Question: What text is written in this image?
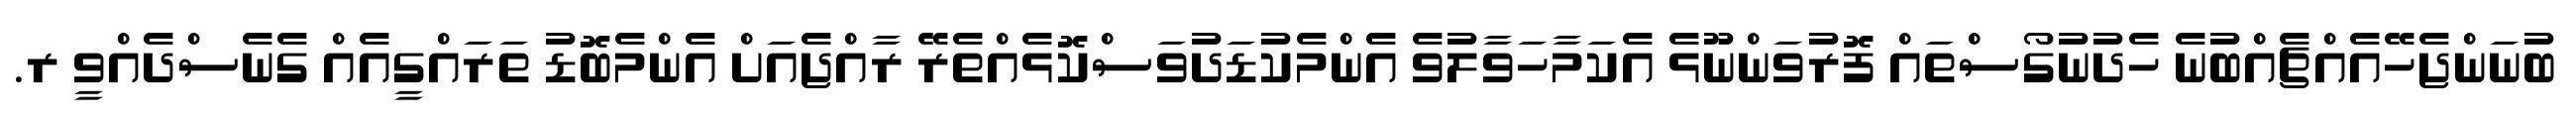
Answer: ބުނަންޖެހޭއެއްޗެއްބުނެ ހެދުނުގޯސްތައް ފޮރުވަންނޫޅެ އެކަމާހަވާލުވެ އެންމެކުޑަދުވަސްކޮޅެއްތެރޭ ރާއްޖެއަށް އެންމެބޮޑު ތަރައްގީއެއް ގެނެސްދެއްވީ ރ.